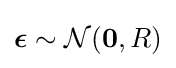
{\boldsymbol {\epsilon }}\sim {\mathcal {N}}({\boldsymbol {0}},R)